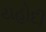
યહોદી